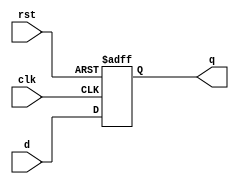
module stage_register (
    input wire clk,      // Clock input
    input wire rst,      // Asynchronous reset input
    input wire [n-1:0] d, // Data input (n-bit wide)
    output reg [n-1:0] q  // Data output (n-bit wide)
);
    parameter n = 8; // Parameter for data width, can be adjusted as needed

    // Always block for synchronous behavior
    always @(posedge clk or posedge rst) begin
        if (rst) begin
            q <= {n{1'b0}}; // Set output to zero on reset
        end else begin
            q <= d; // Capture data on clock edge
        end
    end
endmodule